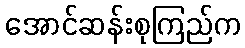
အောင်ဆန်းစုကြည်က